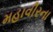
મહાવીરના